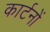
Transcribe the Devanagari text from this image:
कार्टनों